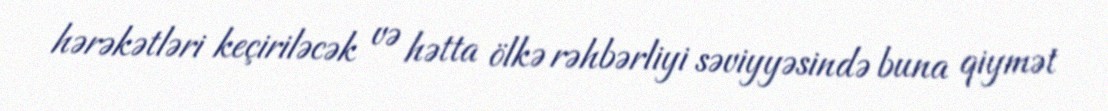
hərəkətləri keçiriləcək və hətta ölkə rəhbərliyi səviyyəsində buna qiymət